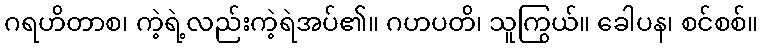
ဂရဟိတာစ၊ ကဲ့ရဲ့လည်းကဲ့ရဲအပ်၏။ ဂဟပတိ၊ သူကြွယ်။ ခေါပန၊ စင်စစ်။